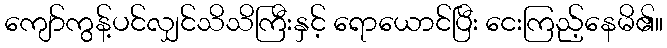
ကျော်ကွန့်ပင်လျှင်သိသိကြီးနှင့် ရောယောင်ပြီး ငေးကြည့်နေမိ၏။